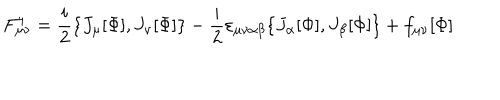
LaTeX: F _ { \mu \nu } ^ { 4 } = \frac { i } { 2 } \{ J _ { \mu } [ \Phi ] , J _ { \nu } [ \Phi ] \} - \frac { i } { 2 } \varepsilon _ { \mu \nu \alpha \beta } \{ J _ { \alpha } [ \Phi ] , J _ { \beta } [ \Phi ] \} + f _ { \mu \nu } [ \Phi ]